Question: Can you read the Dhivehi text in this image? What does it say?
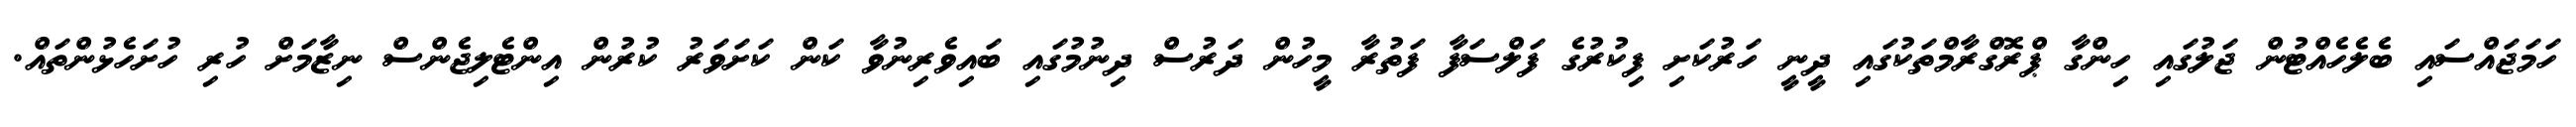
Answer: ހަމަޖައްސައި ބެލެހެއްޓުން ޖަލުގައި ހިންގާ ޕްރޮގްރާމްތަކުގައި ދީނީ ހަރުކަށި ފިކުރުގެ ފަލްސަފާ ފަތުރާ މީހުން ދަރުސް ދިނުމުގައި ބައިވެރިނުވާ ކަން ކަށަވަރު ކުރުން އިންޓެލިޖެންސް ނިޒާމަށް ހުރި ހުށަހެޅުންތައް.